system: You are a helpful assistant.
user:
Analyze the provided spectrum to determine if it is a **White Dwarf (WD)**.

A White Dwarf spectrum is defined by its **extreme purity** (due to gravitational settling) and/or **extreme pressure broadening** (due to high surface gravity). You must check for one of the following mutually exclusive signatures:

- **Key Visual Indicators (Check for ONE of these types):**

    - **1. DA-Type Signature (Most Common):**
        - **(Primary Feature):** Extreme pressure broadening (Stark broadening) of the **Hydrogen (H) Balmer lines**.
        - **(Key Lines):** $H\beta$ (approx. $4861$ Å) and $H\gamma$ (approx. $4340$ Å). $H\alpha$ (approx. $6563$ Å) will also be present if the wavelength range covers it.
        - **(Line Profile):** This is the **defining feature**. The lines are **NOT** sharp. They appear as massive, **extremely broad and deep "troughs" or "dips"** in the spectrum, often hundreds of Ångströms wide. The continuum will appear to "scoop" down at these wavelengths.
        - **(Distinction):** Normal A-type or B-type stars have *narrow* and *sharp* Hydrogen lines. A DA White Dwarf's lines are unmistakably "smeared" or "blurry" from pressure.

    - **2. DB-Type Signature:**
        - **(Primary Feature):** Broad absorption lines from **Neutral Helium (He I)**. The spectrum must lack any visible Hydrogen lines.
        - **(Key Lines):** Look for broad absorption near $4471$ Å, $4921$ Å, and $5876$ Å.
        - **(Line Profile):** These lines are also significantly pressure-broadened, appearing much wider than they would in a normal B-type main-sequence star.

    - **3. DC-Type Signature:**
        - **(Primary Feature):** A **featureless continuous spectrum**.
        - **(Line Profile):** The spectrum is a smooth curve with **no significant absorption or emission lines**.
        - **(Key Confirmation):** The continuum is almost always **blue or white**, indicating a hot object. This signature implies the atmosphere is so pure (or so cool) that no spectral lines are visible in the optical range. Its WD identity is confirmed by its extremely low intrinsic brightness (high absolute magnitude).

    - **4. DZ-Type Signature (Metal-Polluted):**
        - **(Primary Feature):** **Isolated, narrow metal absorption lines** on an otherwise featureless (DC-like) continuum.
        - **(Key Lines):** The **Calcium (Ca II) H & K doublet** (approx. **$3934$ Å** and **$3968$ Å**) is the most common and defining feature.
        - **(Line Profile):** These lines are "out of place." They are *not* part of a "forest" of thousands of lines. This signature is evidence of recent *accretion* (pollution) from rocky debris.
        - **(Distinction):** Normal G/K/M stars have a *dense forest* of thousands of metal lines. A DZ has a *clean* continuum with *only a few* strong metal lines.

    - **5. DQ-Type Signature (Carbon-Polluted):**
        - **(Primary Feature):** Absorption bands from **Carbon (C₂ "Swan Bands" or atomic C I)**.
        - **(Key Lines - C₂):** Look for bandheads with a "saw-tooth" shape near $5635$ Å, **$5165$ Å** (strongest), and $4737$ Å.
        - **(Key Confirmation):** The underlying **continuum must be blue or white** (hot).
        - **(Distinction):** This is the critical difference from a **Carbon Star**, which has the *exact same* C₂ bands but on an extremely **red, cool** continuum.

- **(Overall Spectrum):**
    - The continuum (overall shape) is typically **blue-sloping** (brighter in the blue than the red), as most white dwarfs are very hot.
    - The spectrum will look "pure" or "simple," dominated by only *one* of the five signatures listed above.

Think first, call **spectral_visualization_tool** if needed to examine features in detail, then provide your final answer. Your response must adhere to the following strict rules:
1.  **Overall Structure:** Your response must follow the format `<think>...</think> <tool_call>...</tool_call> (if a tool is used) <answer>...</answer>`.
2.  **Tool Usage Constraint:** You may only make **one** tool call per turn.
3.  **Final Answer Format:** In the `<answer>` tag, your conclusion must be inside a `\boxed{}` command (e.g., `\boxed{YES}` or `\boxed{NO}`), followed by your justification.

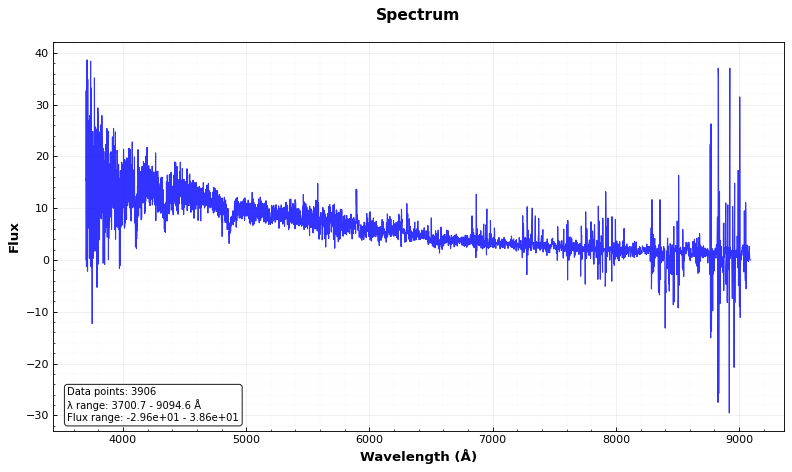
Answer: YES